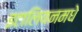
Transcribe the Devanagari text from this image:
इटालियनमधे